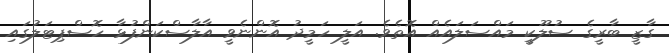
ގާޒީ ބާރީގެ ސުލޫކީ މައްސަލައެއް އޮތެވެ. އަލީ ހަމީދު އޮންނެވީ އާލާސްކަންފުޅާ ހޮސްޕިޓަލުގައި